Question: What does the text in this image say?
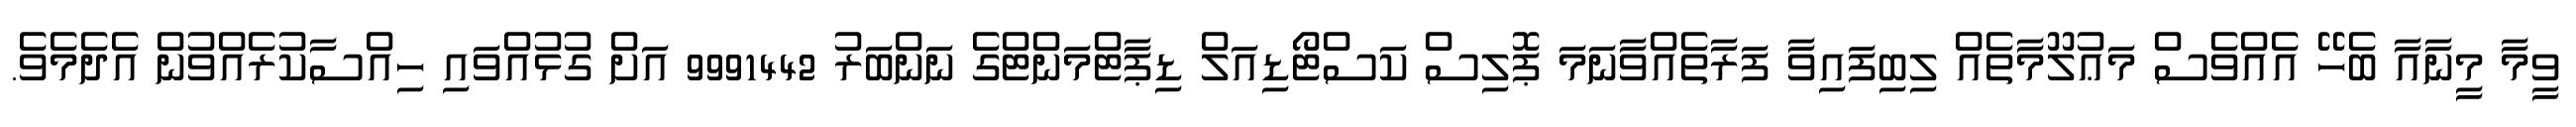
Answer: ވީމާ މީނާއާ ބެހޭ އެއްވެސް މަޢުލޫމާތެއް ލިބިފައިވާ ފަރާތެއްވާނަމަ ޕޮލިސް ކަސްޓޯޑިއަލް ޑިޕާޓްމަންޓްގެ ނަންބަރު 9991442 އަށް ގުޅުއްވައި ހިއްސާކުރެއްވުން އެދެމެވެ.